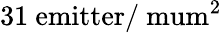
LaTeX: \mathrm{31~emitter/\ mum^{2}}